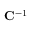
\mathbf { C } ^ { - 1 }